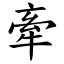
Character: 牽